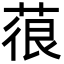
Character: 䓳